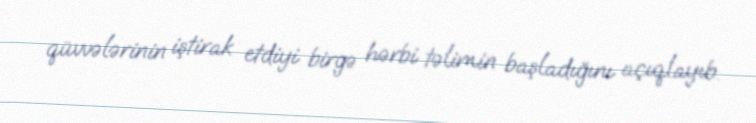
qüvvələrinin iştirak etdiyi birgə hərbi təlimin başladığını açıqlayıb.